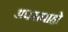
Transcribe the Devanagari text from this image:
अपरापाहो